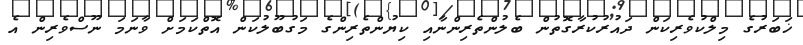
ޚަބަރުގެ މިލްކުވެރިކަން ދައުރުކުރާގޮތުން ބެލުންތެރިންނާއި ކިޔުންތެރިންގެ މަގުބޫލުކަން އޮތްކަމަށް ވާނަމަ ނޫސްވެރިން އެ